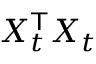
X _ { t } ^ { \mathsf { T } } X _ { t }